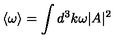
\langle \omega \rangle = \int d ^ { 3 } k \omega | A | ^ { 2 }